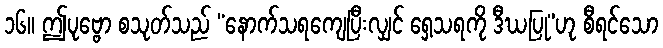
၁၆။ ဤပုဗ္ဗော စသုတ်သည် “နောက်သရကျေပြီးလျှင် ရှေ့သရကို ဒီဃပြု”ဟု စီရင်သော